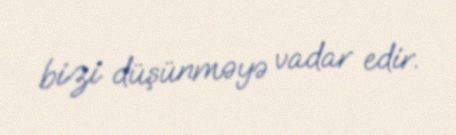
bizi düşünməyə vadar edir.